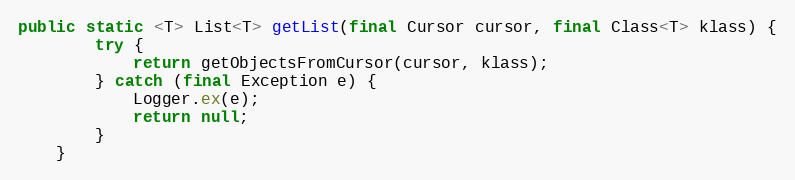
Language: Java
public static <T> List<T> getList(final Cursor cursor, final Class<T> klass) {
        try {
            return getObjectsFromCursor(cursor, klass);
        } catch (final Exception e) {
            Logger.ex(e);
            return null;
        }
    }